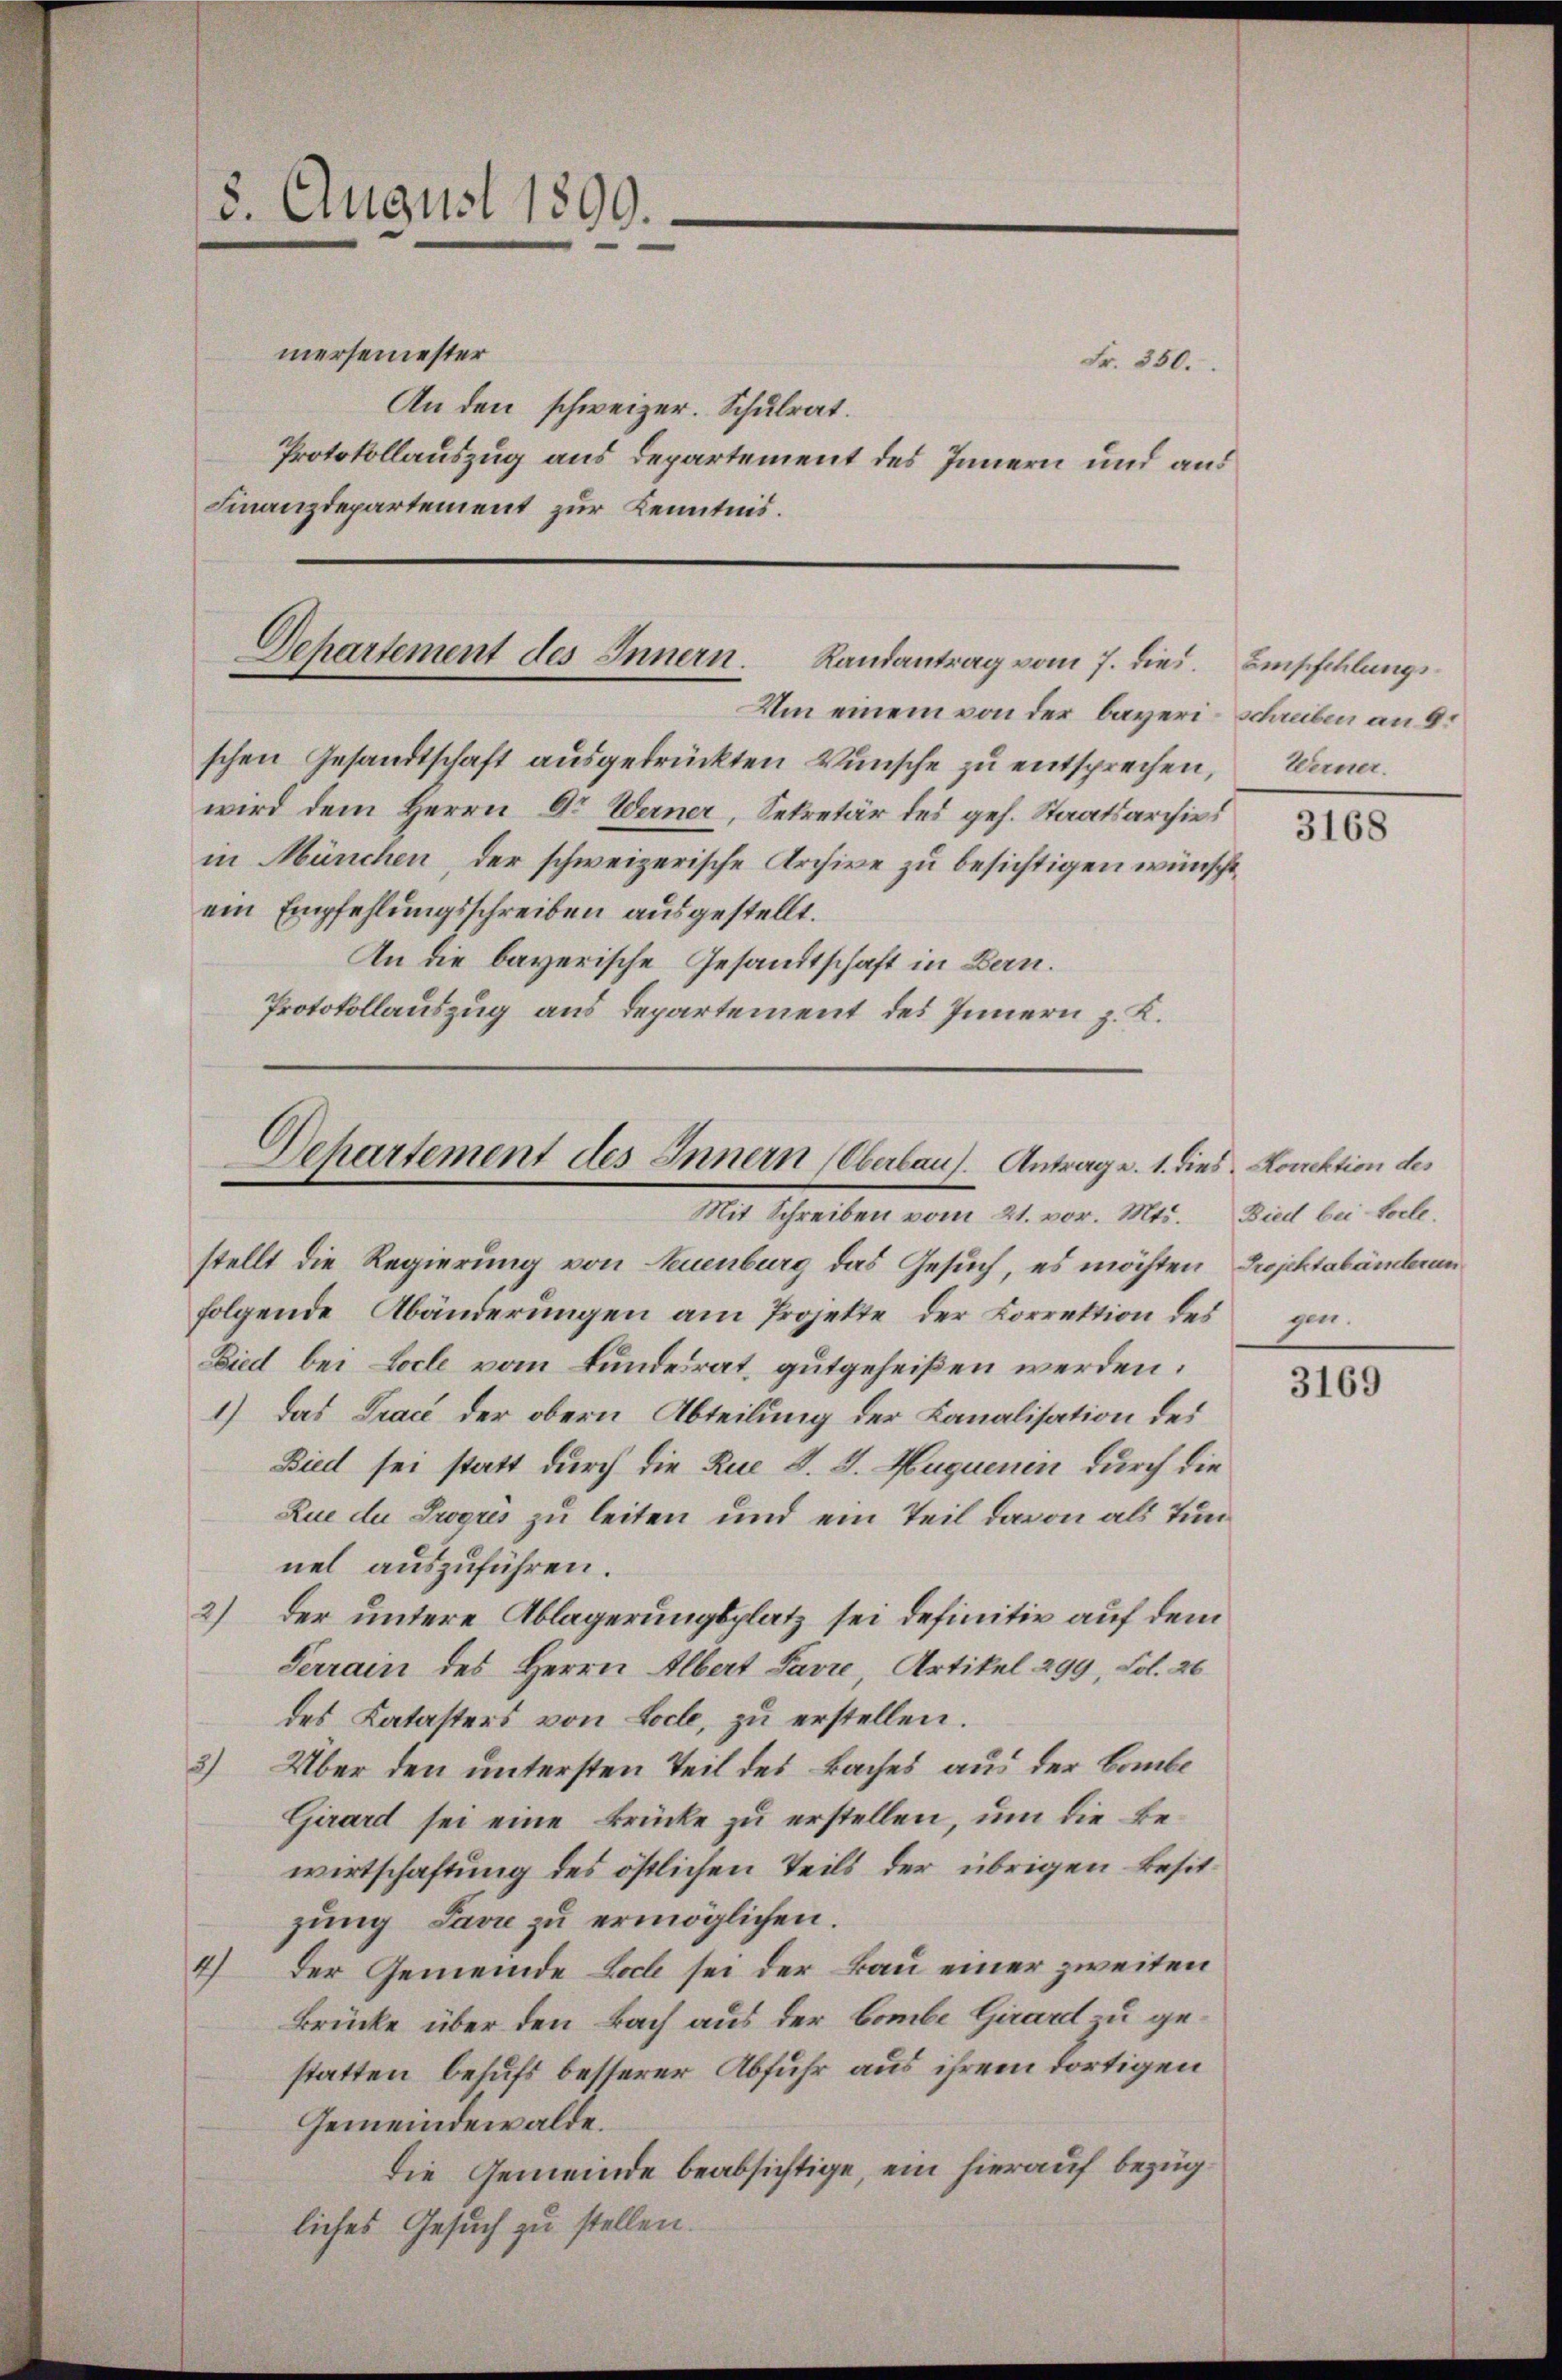
3. August 1890.

mersemester
An den schweizer. Schulrat.
Protokollauszug aus Departement des Innern und aus
Finanzdepartement zur Kenntnis.

Fr. 350.

Dehartement des Innern. Randantrag vom 7. dies. Einsschlungs¬
Um einem von der bayeri-Schreiben an 9.

schen Gesandtschaft ausgedrückten Wünsche zu entsprechen,
wird dem Herrn Dr Werner, Sekretär des geh. Staatsarchivs
in München, der schweizerische Archive zu besichtigen wünscht,
ein Empfehlungsschreiben ausgestellt.
An die bayerische Gesandtschaft in Bern.
Protokollauszug aus Departement des Innern z. K.

.
Departement des Innern (Oberbaus. Antrag d. 1. dies. Korrektion des
Mit Schreiben vom 21. vor. Mts.

stellt die Regierung von Neuenburg das Gesuch, es möchten Projektabänderun
folgende Abänderŭngen am Projekte der Korrektion des gen
Lied bei Loche vom Bundesrat, gutgeheißen werden.
1.) Das Trace der obern Abteilung der Kanalisation des
Bied sei statt durch die Rue S. S. Huguenin durch die
Zue du Progris zu leiten und ein Teil davon als Tunnel auszuführen.
2) der untere Ablagerungsplatz sei definitiv auf dem
Terrain des Herrn Albert Favre, Artikel 299, Fol. 26
des Katasters von Loche, zu erstellen.
3) Über den untersten Teil des Baches aus der Baube
Girard sei eine Brücke zu erstellen, um die Bewirtschaftung des östlichen Teils der übrigen Besitzung Java zu ermöglichen.
4) Der Gemeinde Loch sei der Bau einer zweiten
Brücke über den Bach aus der bombe Girard zu gestatten behufs besserer Abfuhr aus ihrem dortigen
Gemeindewalde.
Die Gemeinde beabsichtige, ein hierauf bezügliches Gesuch zu stellen.

Werner.

3168

Bied bei tolle.

3169